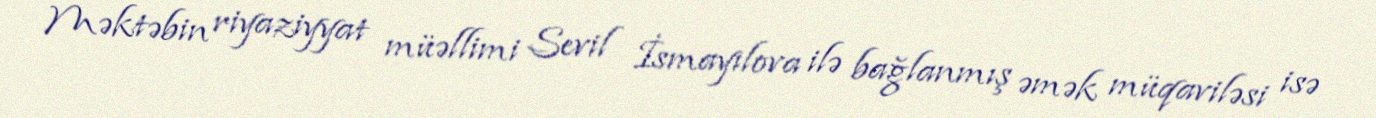
Məktəbin riyaziyyat müəllimi Sevil İsmayılova ilə bağlanmış əmək müqaviləsi isə